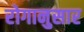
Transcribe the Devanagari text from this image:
रोगानुसार